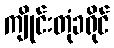
ကျိုင်းတုံခရိုင်